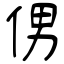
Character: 侽